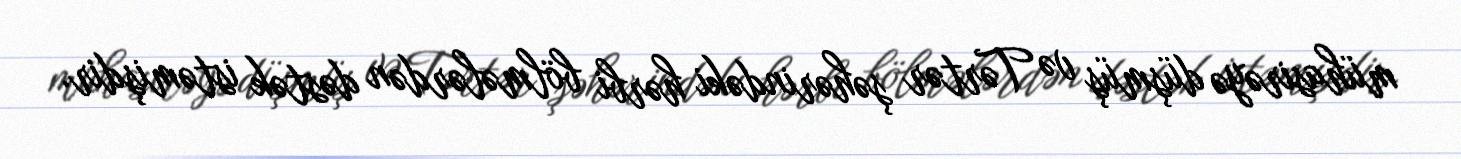
mühasirəyə düşmüş və Tərtər şəhərindəki hərbi bölmələrdən dəstək istəmişdir.